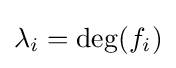
\lambda _{i}=\deg(f_{i})